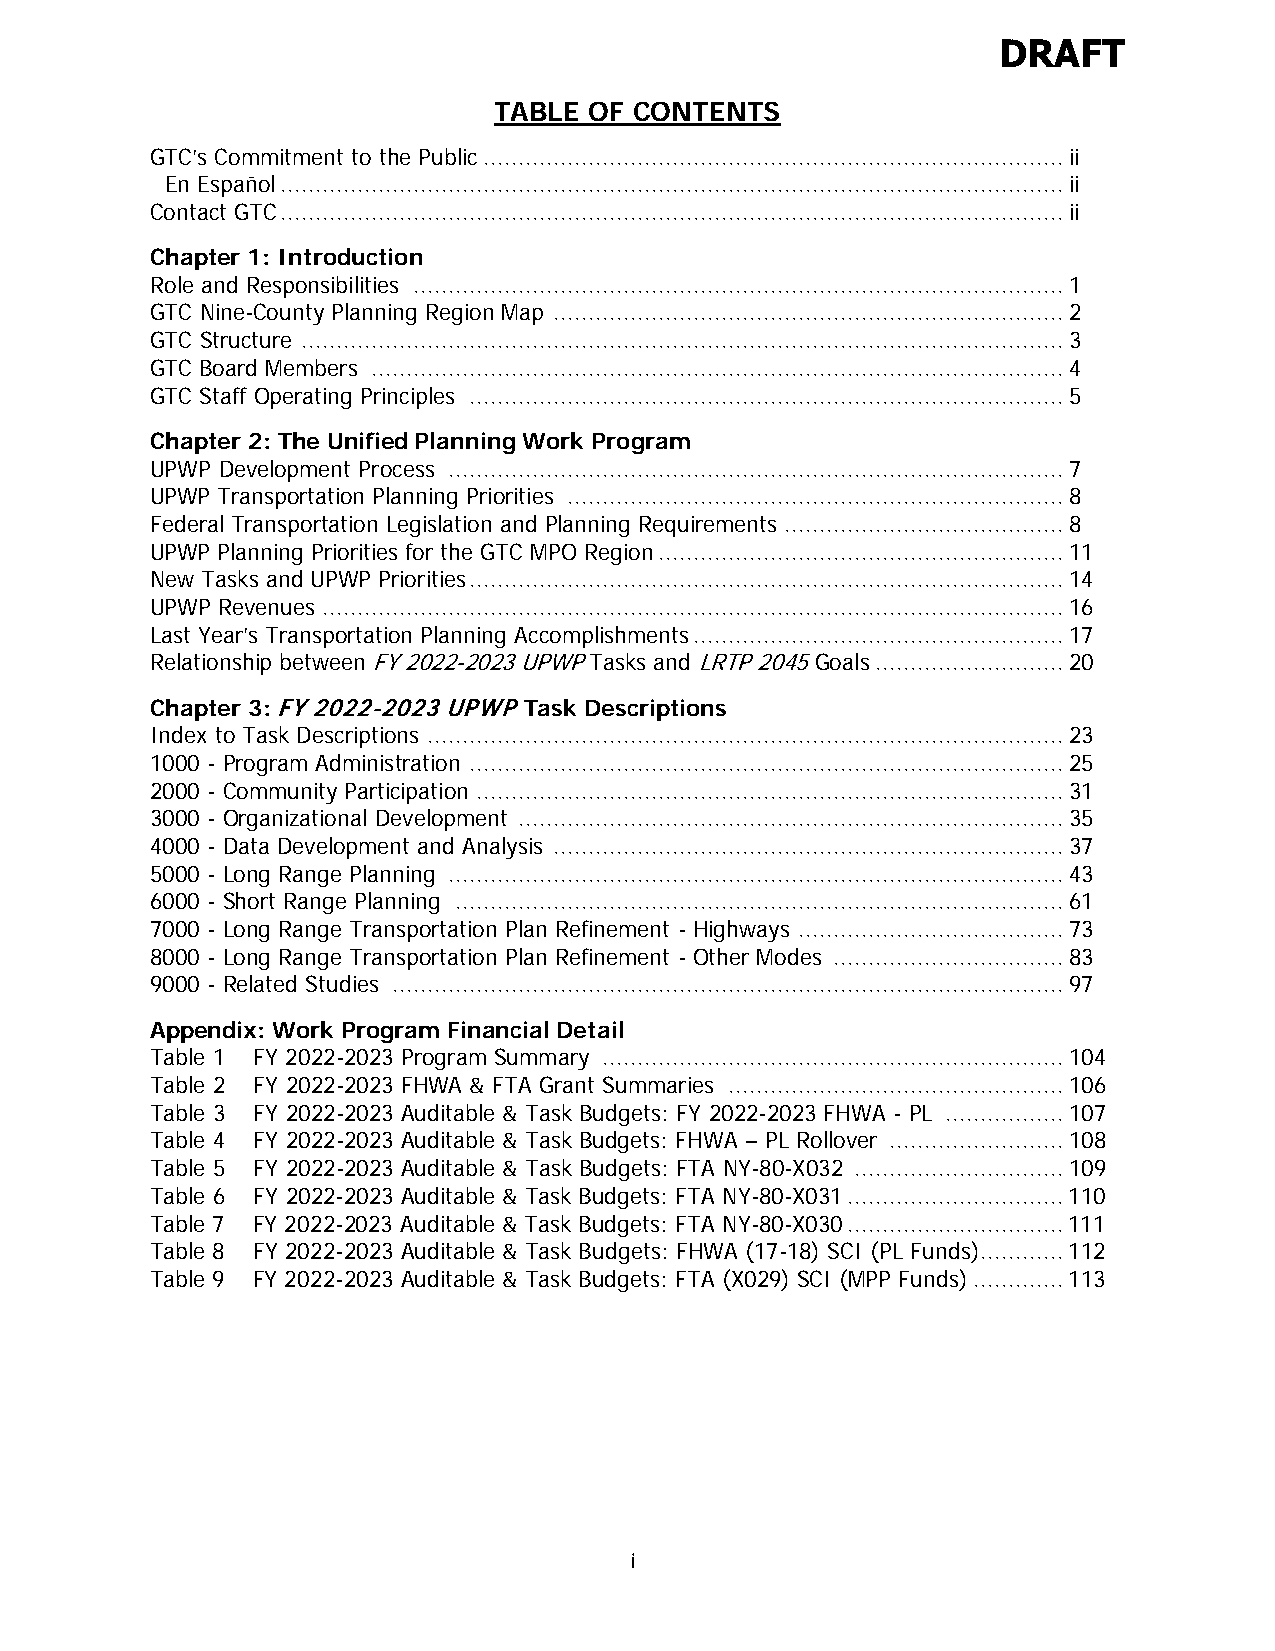
DRAFT
 TABLE OF CONTENTS
 GTC’s Commitment to the Public ................................................................................... ii
 En Español ................................................................................................................ ii
 Contact GTC ................................................................................................................ ii
 Chapter 1: Introduction
 Role and Responsibilities ............................................................................................. 1
 GTC Nine-County Planning Region Map ......................................................................... 2
 GTC Structure ............................................................................................................. 3
 GTC Board Members ................................................................................................... 4
 GTC Staff Operating Principles ..................................................................................... 5
 Chapter 2: The Unified Planning Work Program
 UPWP Development Process ........................................................................................ 7
 UPWP Transportation Planning Priorities ....................................................................... 8
 Federal Transportation Legislation and Planning Requirements ........................................ 8
 UPWP Planning Priorities for the GTC MPO Region .......................................................... 11
 New Tasks and UPWP Priorities ..................................................................................... 14
 UPWP Revenues .......................................................................................................... 16
 Last Year’s Transportation Planning Accomplishments ..................................................... 17
 Relationship between FY 2022-2023 UPWP Tasks and LRTP 2045 Goals ........................... 20
 Chapter 3: FY 2022-2023 UPWP Task Descriptions
 Index to Task Descriptions ........................................................................................... 23
 1000 - Program Administration ..................................................................................... 25
 2000 - Community Participation .................................................................................... 31
 3000 - Organizational Development .............................................................................. 35
 4000 - Data Development and Analysis ......................................................................... 37
 5000 - Long Range Planning ........................................................................................ 43
 6000 - Short Range Planning ....................................................................................... 61
 7000 - Long Range Transportation Plan Refinement - Highways ...................................... 73
 8000 - Long Range Transportation Plan Refinement - Other Modes ................................. 83
 9000 - Related Studies ................................................................................................ 97
 Appendix: Work Program Financial Detail
 Table 1 FY 2022-2023 Program Summary .................................................................. 104
 Table 2 FY 2022-2023 FHWA & FTA Grant Summaries ................................................ 106
 Table 3 FY 2022-2023 Auditable & Task Budgets: FY 2022-2023 FHWA - PL ................. 107
 Table 4 FY 2022-2023 Auditable & Task Budgets: FHWA – PL Rollover ......................... 108
 Table 5 FY 2022-2023 Auditable & Task Budgets: FTA NY-80-X032 .............................. 109
 Table 6 FY 2022-2023 Auditable & Task Budgets: FTA NY-80-X031 ............................... 110
 Table 7 FY 2022-2023 Auditable & Task Budgets: FTA NY-80-X030 ............................... 111
 Table 8 FY 2022-2023 Auditable & Task Budgets: FHWA (17-18) SCI (PL Funds) ............ 112
 Table 9 FY 2022-2023 Auditable & Task Budgets: FTA (X029) SCI (MPP Funds) ............. 113
 i